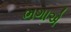
ભગાએ